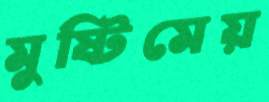
মুষ্টিমেয়